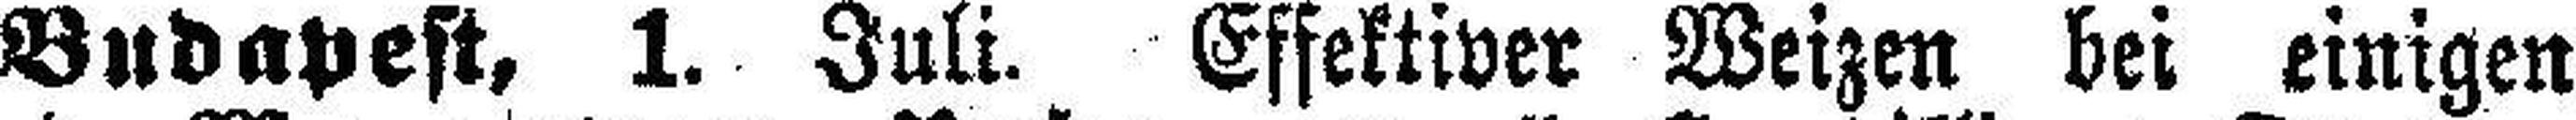
Budapest, 1. Juli. Effektiver Weizen bei einigen